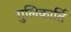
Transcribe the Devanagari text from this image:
गुलिकार्ति